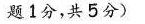
题1分,共5分)